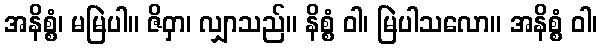
အနိစ္စံ၊ မမြဲပါ။ ဇိဝှာ၊ လျှာသည်။ နိစ္စံ ဝါ၊ မြဲပါသလော။ အနိစ္စံ ဝါ၊